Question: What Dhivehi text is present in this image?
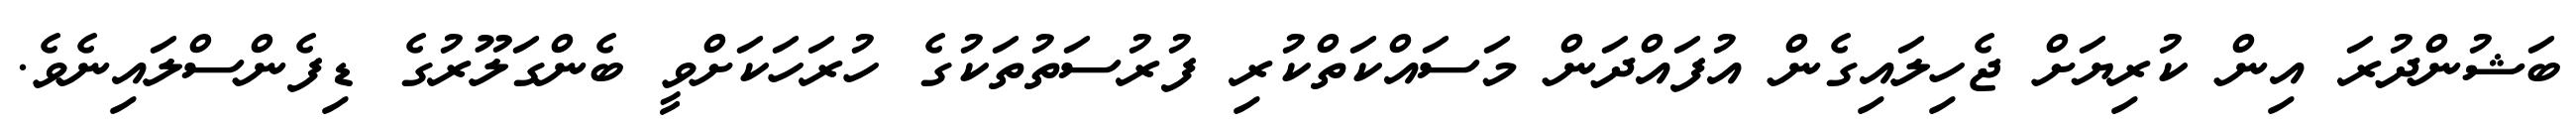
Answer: ބަޝުންދުރަ އިން ކުރިޔަށް ޖެހިލައިގެން އުފައްދަން މަސައްކަތްކުރި ފުރުސަތުތަކުގެ ހުރަހަކަށްވީ ބެންގަލޫރުގެ ޑިފެންސްލައިނެވެ.